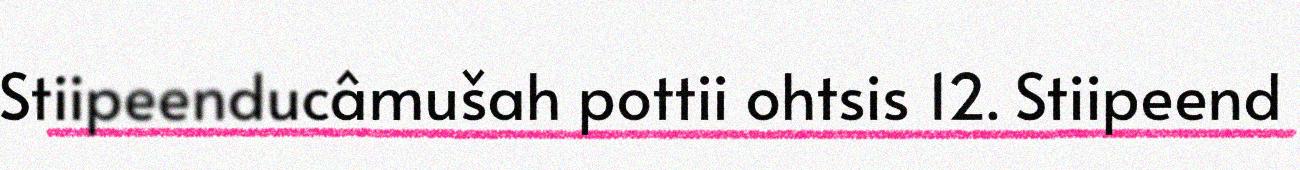
Stiipeenducâmušah pottii ohtsis 12. Stiipeend